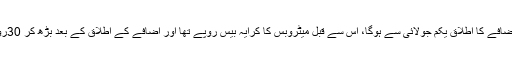
دس روپے کے اضافے کا اطلاق یکم جولائی سے ہوگا، اس سے قبل میٹروبس کا کرایہ بیس روپے تھا اور اضافے کے اطلاق کے بعد بڑھ کر 30روپے ہوجائے گا ۔